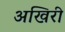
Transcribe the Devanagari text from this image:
अखिरी